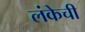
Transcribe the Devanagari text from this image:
लंकेची